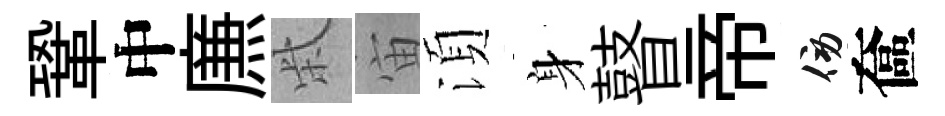
鞏中㢘柴宙湏身瞽帝傍奩